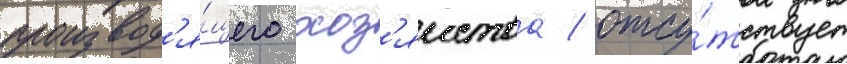
производ'я́щего хоз'яиства / отсу́тствует